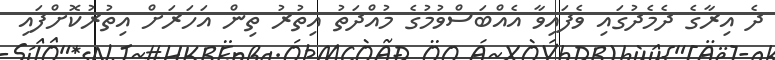
ދެ އިރާގެ ދެމެދުގައި ވެފައިވާ އެއްބަސްވުމުގެ މުއްދަތު އިތުރު ތިން އަހަރަށް އިތުރުކޮށްފައި